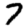
Digit: 7